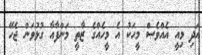
އަދި މިއީ އެއްވެސް މީހަކު އެ މީހެއްގެ ޒާތީ މަންފާއާ ގުޅުވަން ޖެހޭ